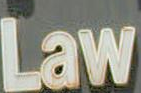
Law